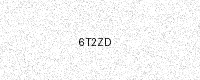
Text: 6T2ZD